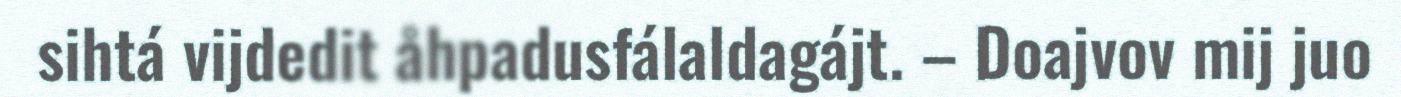
sihtá vijdedit åhpadusfálaldagájt. – Doajvov mij juo